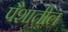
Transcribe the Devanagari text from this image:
पैशातील